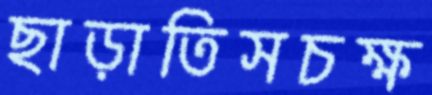
ছাড়াতিসচক্ষ